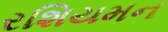
રશિયમન